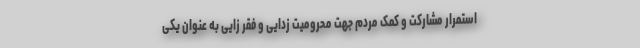
استمرار مشارکت و کمک مردم جهت محرومیت زدایی و فقر زایی به عنوان یکی